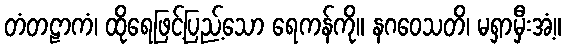
တံတဠာကံ၊ ထိုရေဖြင့်ပြည့်သော ရေကန်ကို။ နဂဝေသတိ၊ မရှာမှီးအံ့။